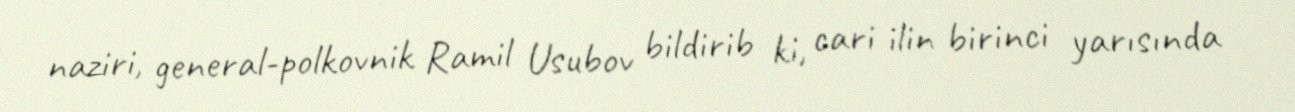
naziri, general-polkovnik Ramil Usubov bildirib ki, cari ilin birinci yarısında